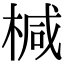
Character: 椷